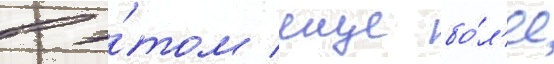
в э́том еще бо́л'ее